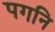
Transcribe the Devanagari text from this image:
पगनि